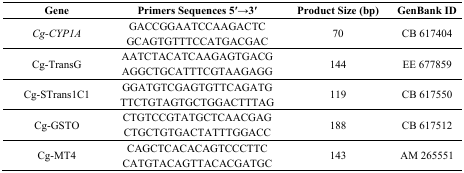
| Gene | Primers Sequences 5′→3′ | Product Size (bp) | GenBank ID |
 | --- | --- | --- | --- |
 | Cg-CYP1A | GACCGGAATCCAAGACTCGCAGTGTTTCCATGACGAC | 70 | CB 617404 |
 | Cg-TransG | AATCTACATCAAGAGTGACGAGGCTGCATTTCGTAAGAGG | 144 | EE 677859 |
 | Cg-STrans1C1 | GGATGTCGAGTGTTCAGATGTTCTGTAGTGCTGGACTTTAG | 119 | CB 617550 |
 | Cg-GSTO | CTGTCCGTATGCTCAACGAGCTGCTGTGACTATTTGGACC | 188 | CB 617512 |
 | Cg-MT4 | CAGCTCACACAGTCCCTTCCATGTACAGTTACACGATGC | 143 | AM 265551 |